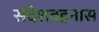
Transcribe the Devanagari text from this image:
संदेशवहनास